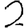
Digit: 2